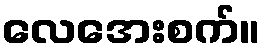
လေအေးစက်။